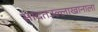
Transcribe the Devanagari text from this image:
सादतउल्लाखानाला